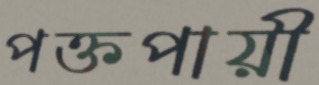
পক্তপায়ী